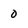
Character: 0